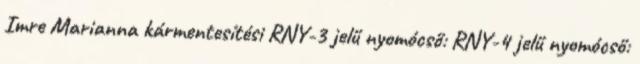
Imre Marianna kármentesítési RNY-3 jelű nyomócső: RNY-4 jelű nyomócső: